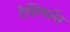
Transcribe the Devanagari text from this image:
टेसिफॉन